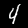
Label: 4